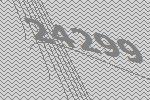
24299